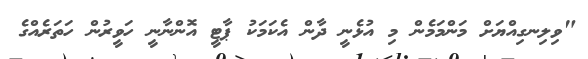
"ވިލިނގިއްޔަށް މަންމަމެން މި އުޅެނީ ދާން އެކަމަކު ޕާޓީ އޮންނާނީ ހަވީރުން ހަތަރެއްގެ